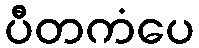
ပီတကံပေ